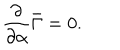
LaTeX: { \frac { \partial } { \partial \alpha } } \bar { \Gamma } = 0 .